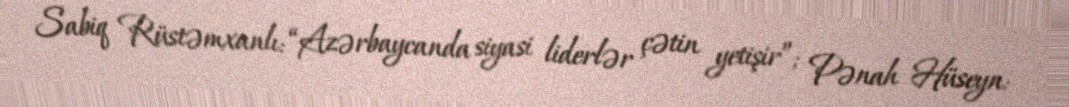
Sabiq Rüstəmxanlı: “Azərbaycanda siyasi liderlər çətin yetişir”; Pənah Hüseyn: